Indian journal of veterinary science and animal husbandry - Volumes 18-21, 1948-1951
Year: 1948
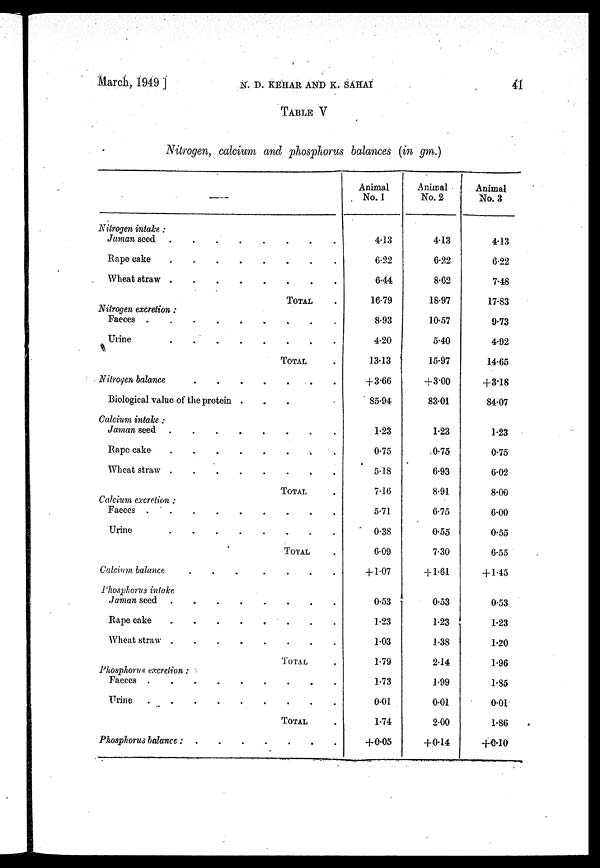
March, 1949 ]
N.
D.
KEHAR
AND
K.
SAHAI
41
TABLE V
Nitrogen, calcium and phosphorus balances (in gm.)
—
Nitrogen intake:
Jaman seed . . . . . . . .
Rape cake . . . . . . . .
Wheat straw . . . . . . . .
TOTAL .
Nitrogen excretion:
Faeces . . . . . . . .
Urine . . . . . . . .
TOTAL .
Nitrogen balance . . . . . . . .
Biological value of the protein . . .
Calcium intake:
Jaman seed . . . . . . . .
Rape cake . . . . . . . .
Wheat straw . . . . . . . .
TOTAL .
Calcium excretion:
Faeces . . . . . . . .
Urine . . . . . . . .
TOTAL .
Calcium balance . . . . . . . .
Phosphorus intake . . . . . . . .
Jaman seed . . . . . . . .
Rape cake . . . . . . . .
Wheat straw . . . . . . . .
TOTAL .
Phosphorus excretion:
Faeces . . . . . . . .
Urine . . . . . . . .
TOTAL .
Phosphorus balance: . . . . . . . .
Animal
No. 1
4.13
6.22
644
16.79
8.93
4.20
13.13
+3.66
85.94
1.23
0.75
5.18
7.16
5.71
0.38
6.09
+ 1.07
0.53
1.23
1.03
1.79
1.73
0.01
1.74
+0.05
Animal
No. 2
4.13
6.22
8.62
18.97
10.57
5.40
15.97
+3.00
83.01
1.23
0.75
6.93
8.91
6.75
0.55
7.30
+1.61
0.53
1.23
1.38
2.14
1.99
0.01
2.00
+0.14
Animal
No. 3
4.13
6.22
7.48
17.83
9.73
4.92
14.65
+3.18
84.07
1.23
0.75
6.02
8.00
6.00
0.55
6.55
+1.45
0.53
1.23
1.20
1.96
1.85
0.01
1.86
+0.10